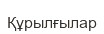
Құрылғылар